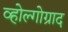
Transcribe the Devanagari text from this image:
व्होल्गोग्राद